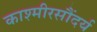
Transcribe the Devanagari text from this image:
काश्मीरसौंदर्य